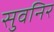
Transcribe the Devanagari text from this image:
सुवनिर